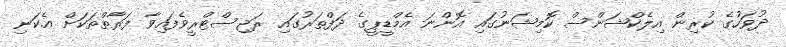
ދުވަހުގެ ކުރިން އިލެކްޝަންސް ކޮމިޝަނުގައި އޮންނަ އެމްޑީޕީގެ ދަފްތަރުގައި ރަޖިސްޓްރީވެފައިވާ ފަރާތްތަކަށް އެކަނި